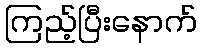
ကြည့်ပြီးနောက်